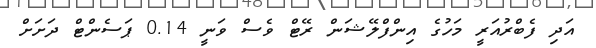
އަދި ފެބްރުއަރީ މަހުގެ އިންފްލޭޝަން ރޭޓް ވެސް ވަނީ 0.14 ޕަސެންޓް ދަށަށް